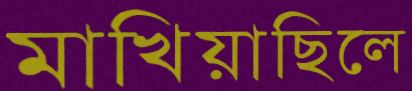
মাখিয়াছিলে